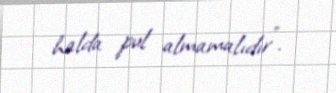
halda pul almamalıdır”.